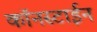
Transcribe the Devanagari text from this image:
कॉनस्टाईन